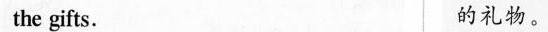
the gifts 的礼物。